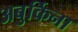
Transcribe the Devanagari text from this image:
अबुर्किना